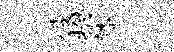
役拊膝